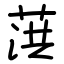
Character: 葓